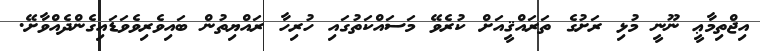
އިޖްތިމާޢީ ނޫނީ މުޅި ރަށުގެ ތަރައްޤީއަށް ކުރެވޭ މަސައްކަތުގައި ހުރިހާ ރައްޔިތުން ބައިވެރިވެވަޑައިގެންދެއްވާށޭ.